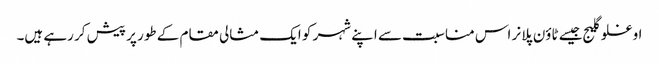
اوغلو گلیج جیسے ٹاؤن پلانر اس مناسبت سے اپنے شہر کو ایک مثالی مقام کے طور پر پیش کر رہے ہیں۔